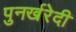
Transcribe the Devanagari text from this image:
पुनर्खरेदी